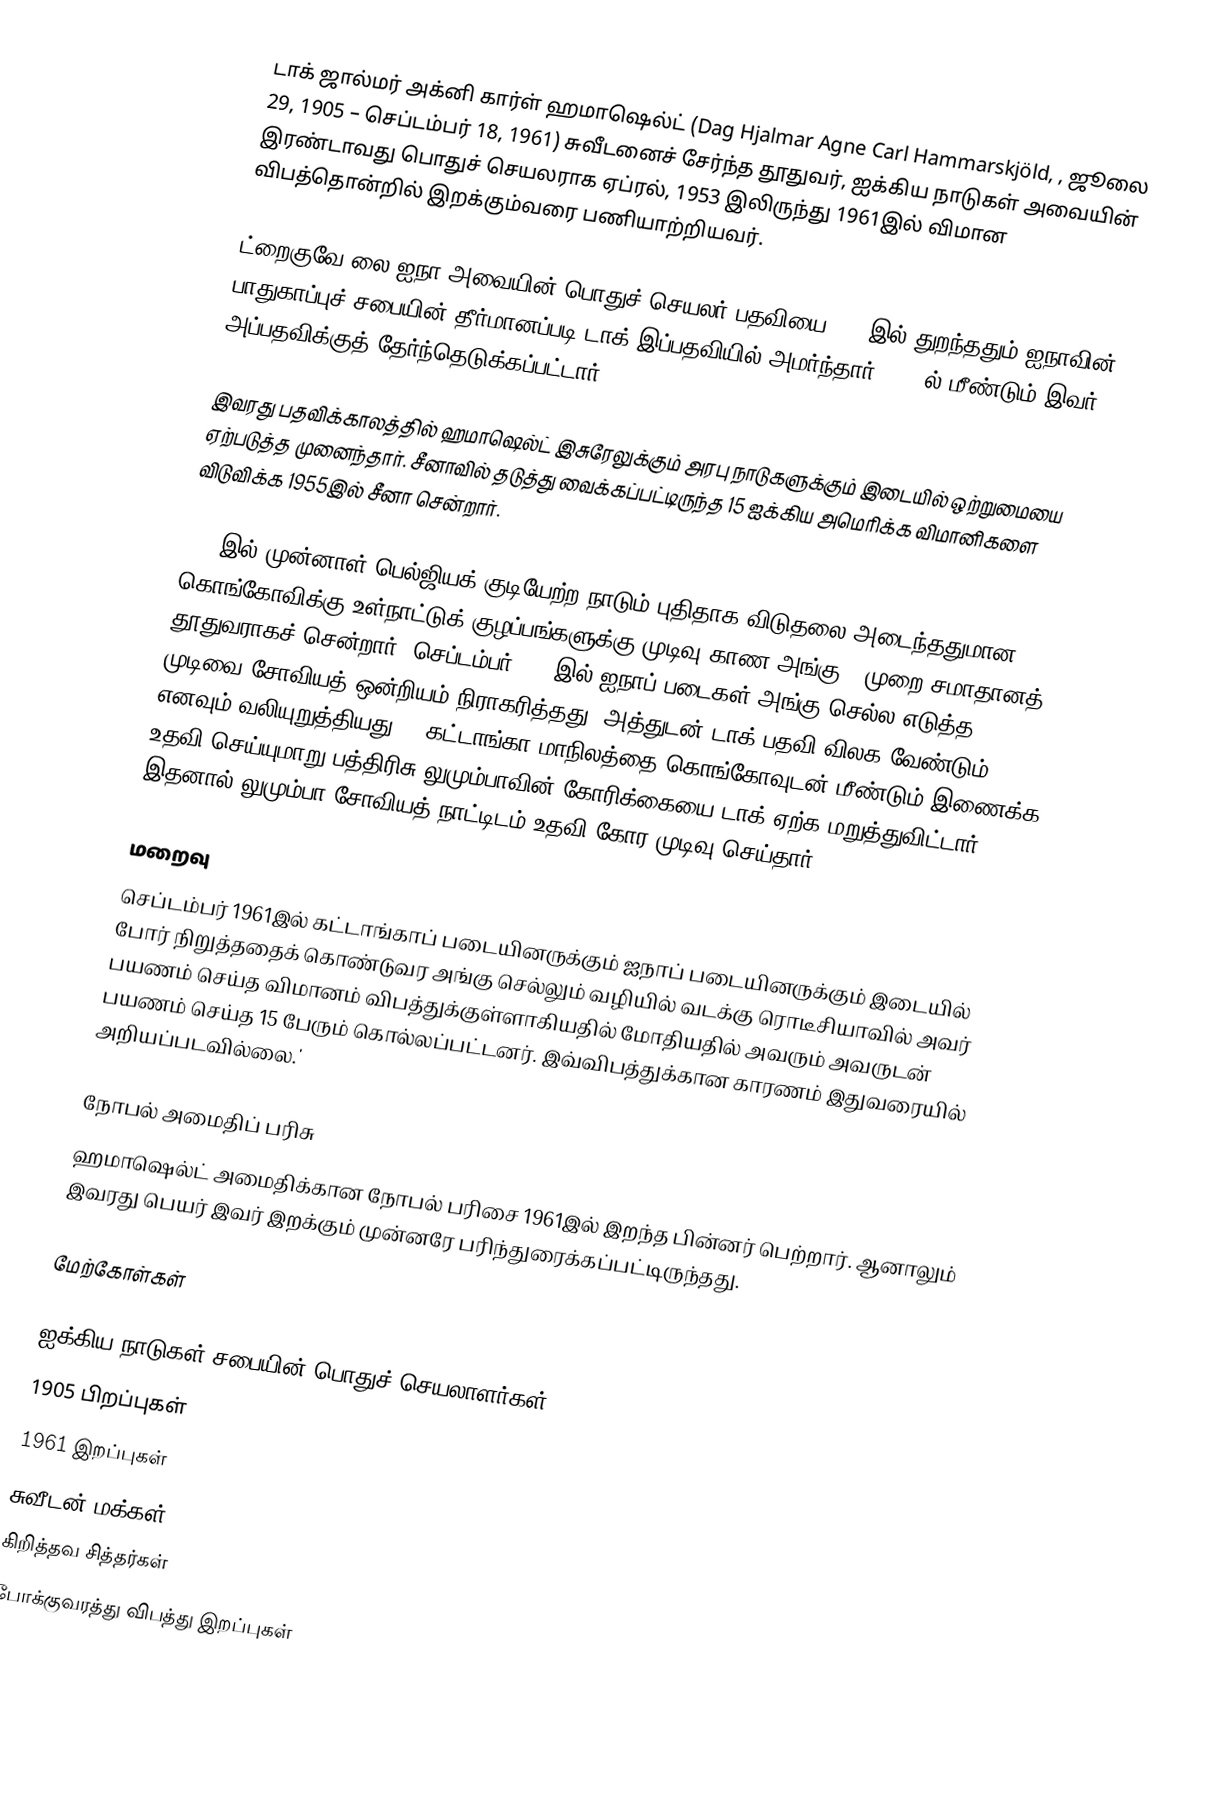
டாக் ஜால்மர் அக்னி கார்ள் ஹமாஷெல்ட் (Dag Hjalmar Agne Carl Hammarskjöld, , ஜூலை 29, 1905 – செப்டம்பர் 18, 1961) சுவீடனைச் சேர்ந்த தூதுவர், ஐக்கிய நாடுகள் அவையின் இரண்டாவது பொதுச் செயலராக ஏப்ரல், 1953 இலிருந்து 1961இல் விமான விபத்தொன்றில் இறக்கும்வரை பணியாற்றியவர்.

ட்றைகுவே லை ஐநா அவையின் பொதுச் செயலர் பதவியை 1953இல் துறந்ததும் ஐநாவின் பாதுகாப்புச் சபையின் தீர்மானப்படி டாக் இப்பதவியில் அமர்ந்தார். 1957ல் மீண்டும் இவர் அப்பதவிக்குத் தேர்ந்தெடுக்கப்பட்டார்.

இவரது பதவிக்காலத்தில் ஹமாஷெல்ட் இசுரேலுக்கும் அரபு நாடுகளுக்கும் இடையில் ஒற்றுமையை ஏற்படுத்த முனைந்தார். சீனாவில் தடுத்து வைக்கப்பட்டிருந்த 15 ஐக்கிய அமெரிக்க விமானிகளை விடுவிக்க 1955இல் சீனா சென்றார்.

1960இல் முன்னாள் பெல்ஜியக் குடியேற்ற நாடும் புதிதாக விடுதலை அடைந்ததுமான கொங்கோவிக்கு உள்நாட்டுக் குழப்பங்களுக்கு முடிவு காண அங்கு 4 முறை சமாதானத் தூதுவராகச் சென்றார். செப்டம்பர் 1960இல் ஐநாப் படைகள் அங்கு செல்ல எடுத்த முடிவை சோவியத் ஒன்றியம் நிராகரித்தது. அத்துடன் டாக் பதவி விலக வேண்டும் எனவும் வலியுறுத்தியது. . கட்டாங்கா மாநிலத்தை கொங்கோவுடன் மீண்டும் இணைக்க உதவி செய்யுமாறு பத்திரிசு லுமும்பாவின் கோரிக்கையை டாக் ஏற்க மறுத்துவிட்டார். இதனால் லுமும்பா சோவியத் நாட்டிடம் உதவி கோர முடிவு செய்தார்.

மறைவு
செப்டம்பர் 1961இல் கட்டாங்காப் படையினருக்கும் ஐநாப் படையினருக்கும் இடையில் போர் நிறுத்ததைக் கொண்டுவர அங்கு செல்லும் வழியில் வடக்கு ரொடீசியாவில் அவர் பயணம் செய்த விமானம் விபத்துக்குள்ளாகியதில் மோதியதில் அவரும் அவருடன் பயணம் செய்த 15 பேரும் கொல்லப்பட்டனர். இவ்விபத்துக்கான காரணம் இதுவரையில் அறியப்படவில்லை.'

நோபல் அமைதிப் பரிசு
ஹமாஷெல்ட் அமைதிக்கான நோபல் பரிசை 1961இல் இறந்த பின்னர் பெற்றார். ஆனாலும் இவரது பெயர் இவர் இறக்கும் முன்னரே பரிந்துரைக்கப்பட்டிருந்தது.

மேற்கோள்கள்

ஐக்கிய நாடுகள் சபையின் பொதுச் செயலாளர்கள்
1905 பிறப்புகள்
1961 இறப்புகள்
சுவீடன் மக்கள்
கிறித்தவ சித்தர்கள்
போக்குவரத்து விபத்து இறப்புகள்